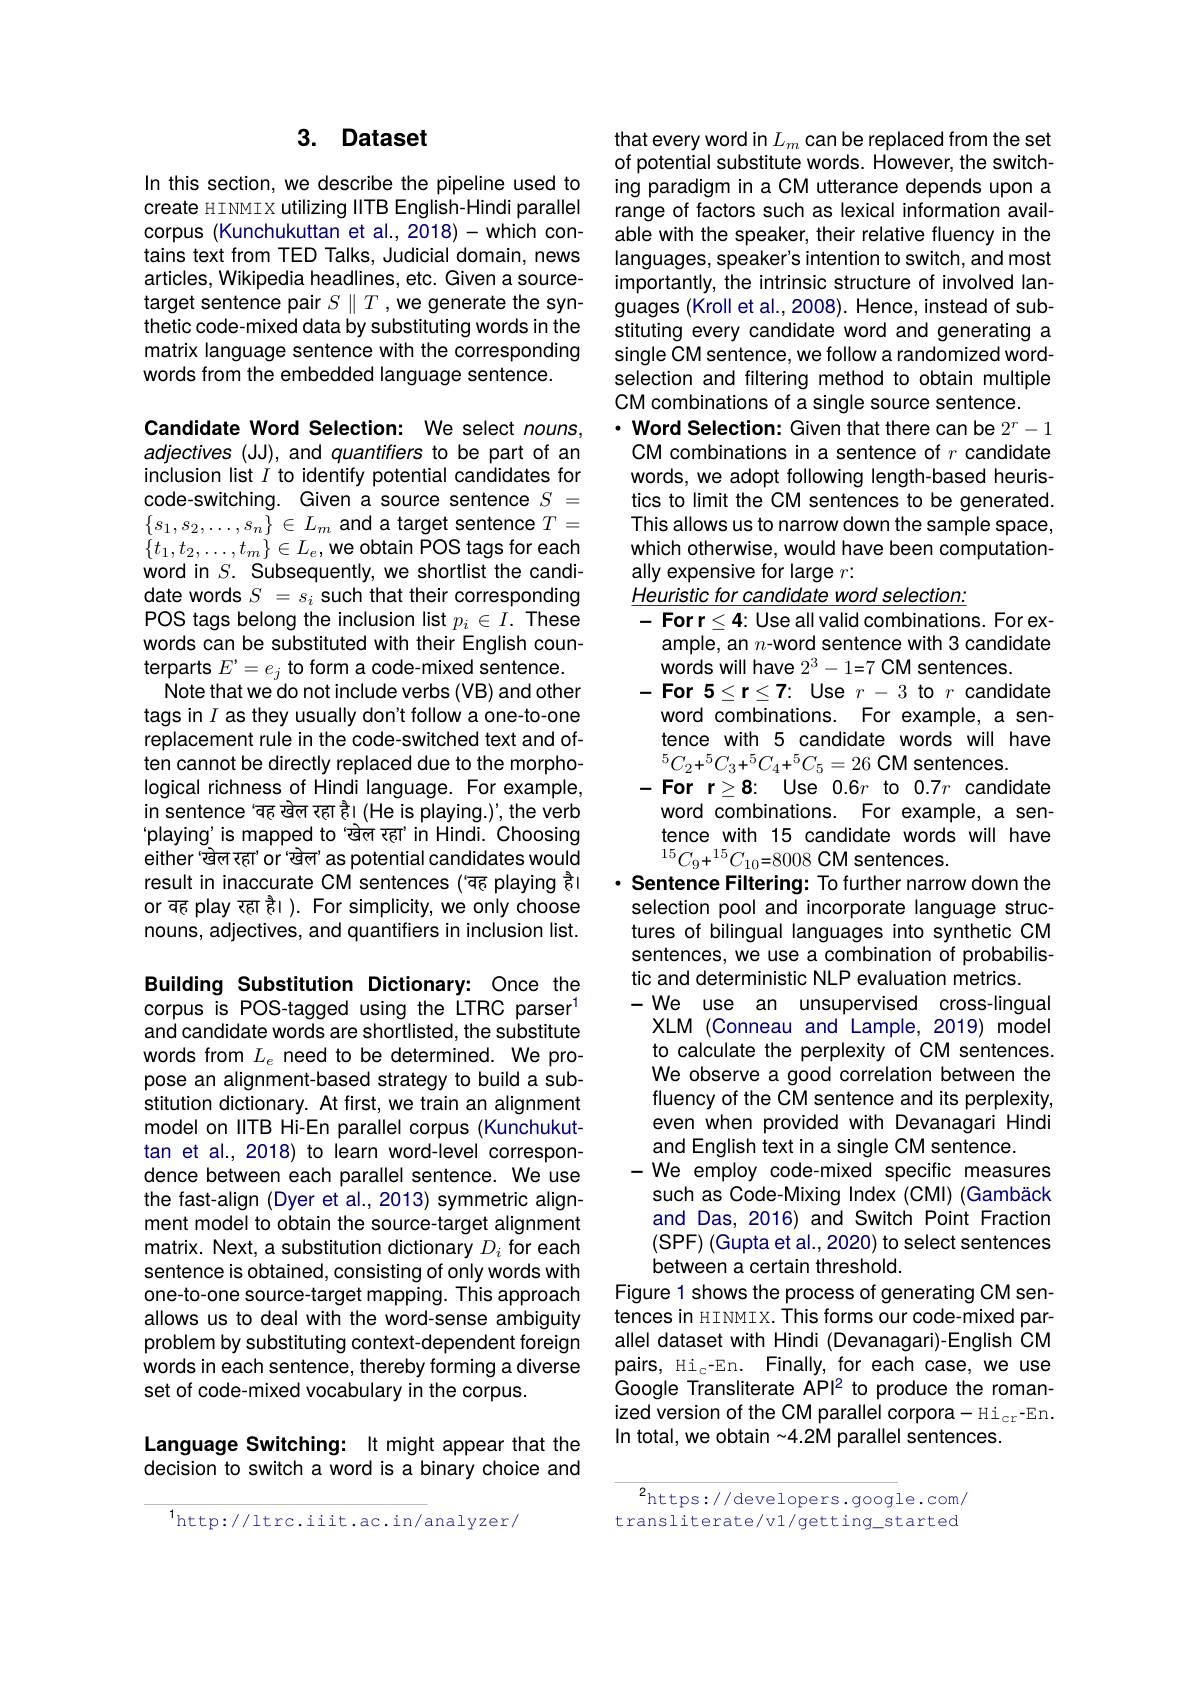
## 3. Dataset

In this section, we describe the pipeline used to create HINMIX utilizing IITB English-Hindi parallel corpus (Kunchukuttan et al., 2018)-which contains text from TED Talks, Judicial domain, news articles, Wikipedia headlines, etc. Given a sourcetarget sentence pair $S\parallel T$,we generate the synthetic code- mixed data by substituting words in the matrix language sentence with the corresponding words from the embedded language sentence.

Candidate Word Selection: We select nouns, adjectives (JJ), and quantifiers to be part of an inclusion list $I$ to identify potential candidates for code-switching. Given a source sentence $S=$ $\{s_{1},s_{2},\ldots,s_{n}\}\in L_{m}$ and a target sentence $T=$ $\{t_{1},t_{2},\ldots,t_{m}\}\in L_{e}$,we obtain POS tags for each word in $S.$ Subsequently, we shortlist the candidate words $S$ $= s_i$ such that their corresponding POS tags belong the inclusion list $p_i\in I.$ These words can be substituted with their English counterparts $E^{\prime}=e_{j}$ to form a code-mixed sentence.Note that we do not include verbs (VB) and other tags in $I$ as they usually don't follow a one-to-one replacement rule in the code-switched text and often cannot be directly replaced due to the morphological richness of Hindi language. For example, in sentence 'वह खेल रहा हे। (He is playing.)', the verb 'playing'is mapped to 'खेल रहा' in Hindi. Choosing either'खेल रहा' or'खेल' as potential candidates would result in inaccurate CM sentences ('aह playing हे। or वह play रहा हे। ). For simplicity, we only choose nouns, adjectives, and quantifiers in inclusion list.

Building Substitution Dictionary: Once the corpus is POS-tagged using the LTRC parser$^{1}$ and candidate words are shortlisted, the substitute words from $L_e$ need to be determined. We propose an alignment-based strategy to build a substitution dictionary. At first, we train an alignment model on IITB Hi-En parallel corpus (Kunchukuttan et al., 2018) to learn word-level correspondence between each parallel sentence. We use the fast-align (Dyer et al., 2013) symmetric alignment model to obtain the source-target alignment matrix. Next, a substitution dictionary $D_i$ for each sentence is obtained, consisting of only words with one-to-one source-target mapping. This approach allows us to deal with the word-sense ambiguity problem by substituting context-dependent foreign words in each sentence, thereby forming a diverse set of code-mixed vocabulary in the corpus.

## Language Switching: It might appear that the decision to switch a word is a binary choice and

$^{1}$http://ltrc.iiit.ac.in/analyzer/

that every word in $L_m$ can be replaced from the set of potential substitute words. However, the switching paradigm in a CM utterance depends upon a range of factors such as lexical information available with the speaker, their relative fluency in the languages, speaker's intention to switch, and most importantly, the intrinsic structure of involved languages (Kroll et al.,2008). Hence, instead of substituting every candidate word and generating a single CM sentence, we follow a randomized wordselection and filtering method to obtain multiple CM combinations of a single source sentence.
$\cdot$ Word Selection: Given that there can be $2^r-1$ CM combinations in a sentence of $r$ candidate words, we adopt following length-based heuristics to limit the CM sentences to be generated. This allows us to narrow down the sample space, which otherwise, would have been computationally expensive for large $r:$
Heuristic for candidate word selection:
-Forr$\leq4:$Use all valid combinations. For ex-
ample, an $n$-word sentence with 3 candidate
words will have $2^3-1=7$ CM sentences.
-For $5\leq\mathbf{r}\leq\mathbf{7}:$ Use $r-3$ to $r$ candidate
word combinations. For example, a sentence with 5 candidate words will have
-For r$\geq 8:$ Use 0.6$r$ to$0.7r$candidate word combinations. For example, a sentence with 15 candidate words will have $^{15}C_{9}+^{15}C_{10}=8008$ CM sentences.
· Sentence Filtering: To further narrow down the selection pool and incorporate language structures of bilingual languages into synthetic CM sentences, we use a combination of probabilistic and deterministic NLP evaluation metrics
- We use an unsupervised cross-lingual
XLM (Conneau and Lample, 2019) model to calculate the perplexity of CM sentences. We observe a good correlation between the fluency of the CM sentence and its perplexity, even when provided with Devanagari Hindi and English text in a single CM sentence.
- We employ code-mixed specific measures such as Code-Mixing Index (CMI) (Gambäck and Das, 2016) and Switch Point Fraction $(\mathsf{SPF})$ (Gupta et al., 2020) to select sentences between a certain threshold.
Figure 1 shows the process of generating CM sentences in HINMIX. This forms our code-mixed parallel dataset with Hindi (Devanagari)-English CM pairs, Hi$_{\mathrm{c}}$-En. Finally, for each case, we use Google Transliterate API2 to produce the romanized version of the CM parallel corpora- Hi$_\mathrm{cr}$-En. In total, we obtain -4.2M parallel sentences.

$^{2}$https://developers.google.com/ transliterate/v1/getting_started